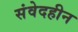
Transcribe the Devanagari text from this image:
संवेदहीन